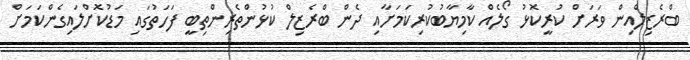
ބްރެޒިލްއިން ވަރަށް ކުރީކޮޅު ގޯލެއް ކާމިޔާބުކުރިކަަމަށާއި ދެން ބްރެޒިލް ކުޅުންތެރިންތިބީ ފަހަތުގައި މަޑުކޮށްލައިގެންކަމަށް